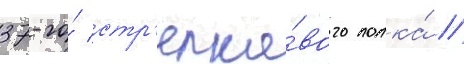
37-го́ стр'елко́вого полка́ //